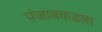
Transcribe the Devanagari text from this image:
पंजाबकडला